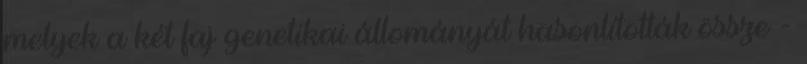
melyek a két faj genetikai állományát hasonlították össze -